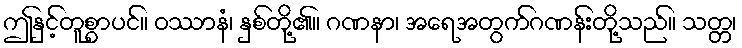
ဤနှင့်တူစွာပင်။ ဝဿာနံ၊ နှစ်တို့၏။ ဂဏနာ၊ အရေအတွက်ဂဏန်းတို့သည်။ သတ္တ၊